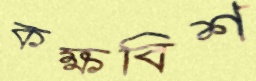
কক্ষবিশ